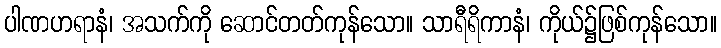
ပါဏဟရာနံ၊ အသက်ကို ဆောင်တတ်ကုန်သော။ သာရီရိကာနံ၊ ကိုယ်၌ဖြစ်ကုန်သော။